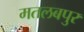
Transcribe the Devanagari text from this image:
मतलबपुर